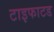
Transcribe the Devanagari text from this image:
टाइफाटड